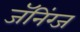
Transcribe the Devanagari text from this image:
जॅनिंग्ज